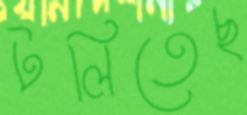
টলিতেছ